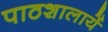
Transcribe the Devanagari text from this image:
पाठशालायें